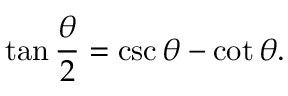
\tan { \frac { \theta } { 2 } } = \csc \theta - \cot \theta .